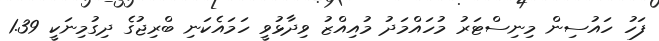
ފަހު ހައުސިން މިނިސްޓަރު މުހައްމަދު މުއިއްޒު ވިދާޅުވީ ހަމައެކަނި ބްރިޖުގެ ދިގުމިނަކީ 1.39